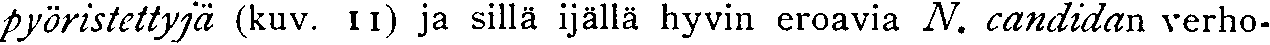
pyöristettyjä (kuv. 11) ja sillä ijällä hyvin eroavia N. candidan verho-